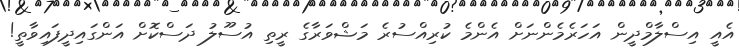
އެއީ އިސްލާމްދީން އަހަރެމެންނަށް އެންމެ ކުރިއްސުރެ މަޝްވަރާގެ ރީތި އުސޫލު ދަސްކޮށް އަންގައިދީފައިވާތީ!